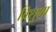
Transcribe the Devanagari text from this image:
विशुभा